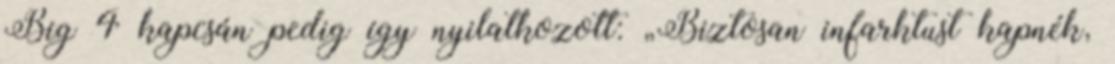
Big 4 kapcsán pedig így nyilatkozott: „Biztosan infarktust kapnék,